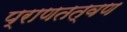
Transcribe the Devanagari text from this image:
प्राणतत्वण